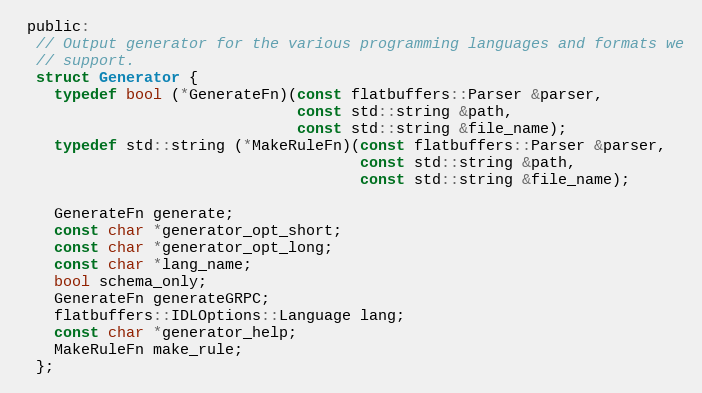
Language: C
 public:
  // Output generator for the various programming languages and formats we
  // support.
  struct Generator {
    typedef bool (*GenerateFn)(const flatbuffers::Parser &parser,
                               const std::string &path,
                               const std::string &file_name);
    typedef std::string (*MakeRuleFn)(const flatbuffers::Parser &parser,
                                      const std::string &path,
                                      const std::string &file_name);

    GenerateFn generate;
    const char *generator_opt_short;
    const char *generator_opt_long;
    const char *lang_name;
    bool schema_only;
    GenerateFn generateGRPC;
    flatbuffers::IDLOptions::Language lang;
    const char *generator_help;
    MakeRuleFn make_rule;
  };